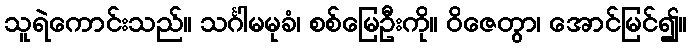
သူရဲကောင်းသည်။ သင်္ဂါမမုခံ၊ စစ်မြေဦးကို။ ဝိဇေတွာ၊ အောင်မြင်၍။